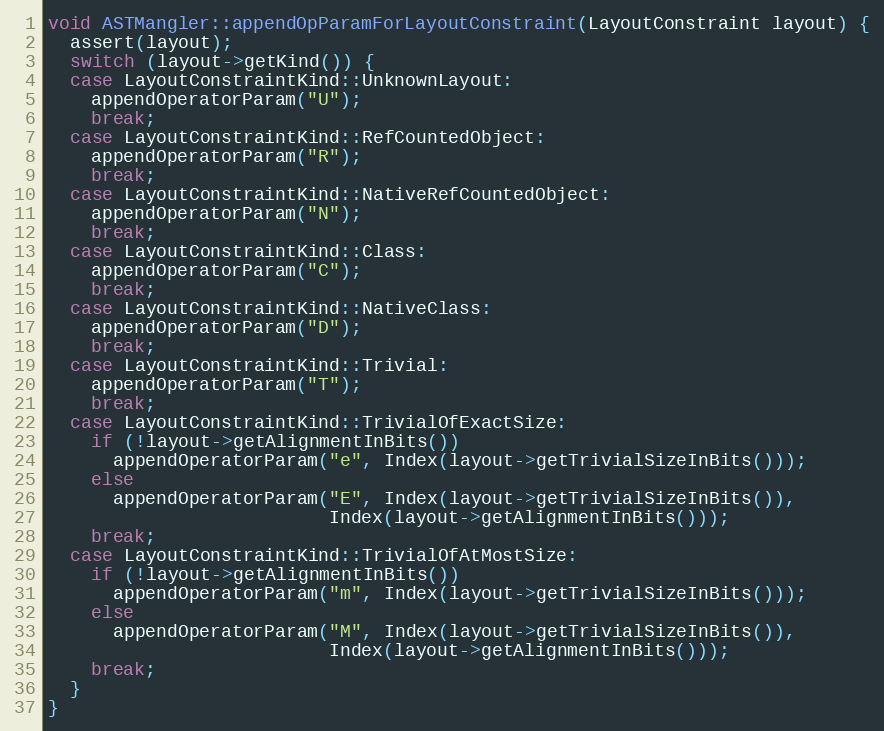
Language: C++
void ASTMangler::appendOpParamForLayoutConstraint(LayoutConstraint layout) {
  assert(layout);
  switch (layout->getKind()) {
  case LayoutConstraintKind::UnknownLayout:
    appendOperatorParam("U");
    break;
  case LayoutConstraintKind::RefCountedObject:
    appendOperatorParam("R");
    break;
  case LayoutConstraintKind::NativeRefCountedObject:
    appendOperatorParam("N");
    break;
  case LayoutConstraintKind::Class:
    appendOperatorParam("C");
    break;
  case LayoutConstraintKind::NativeClass:
    appendOperatorParam("D");
    break;
  case LayoutConstraintKind::Trivial:
    appendOperatorParam("T");
    break;
  case LayoutConstraintKind::TrivialOfExactSize:
    if (!layout->getAlignmentInBits())
      appendOperatorParam("e", Index(layout->getTrivialSizeInBits()));
    else
      appendOperatorParam("E", Index(layout->getTrivialSizeInBits()),
                          Index(layout->getAlignmentInBits()));
    break;
  case LayoutConstraintKind::TrivialOfAtMostSize:
    if (!layout->getAlignmentInBits())
      appendOperatorParam("m", Index(layout->getTrivialSizeInBits()));
    else
      appendOperatorParam("M", Index(layout->getTrivialSizeInBits()),
                          Index(layout->getAlignmentInBits()));
    break;
  }
}